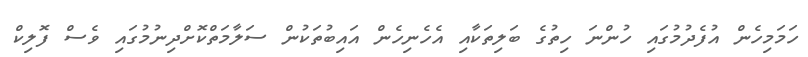
ހަމަމިހެން އުފެދުމުގައި ހުންނަ ހިތުގެ ބަލިތަކާއި އެހެނިހެން އައިބުތަކުން ސަލާމަތްކޮށްދިނުމުގައި ވެސް ފޮލިކް